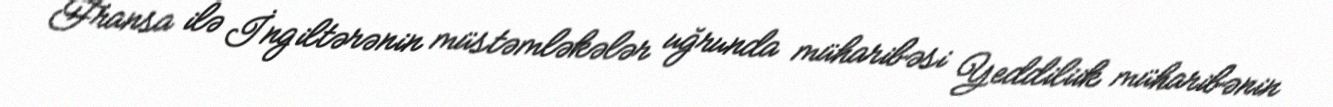
Fransa ilə İngiltərənin müstəmləkələr uğrunda müharibəsi Yeddiliik müharibənin